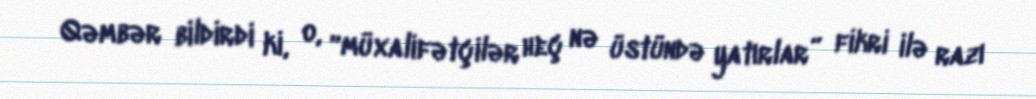
Qəmbər bildirdi ki, o, “müxalifətçilər heç nə üstündə yatırlar” fikri ilə razı